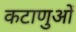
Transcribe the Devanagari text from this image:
कटाणुओं